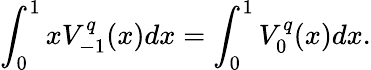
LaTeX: \int_{0}^{1}xV_{-1}^{q}(x)dx=\int_{0}^{1}V_{0}^{q}(x)dx.